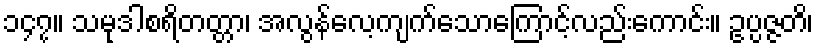
၁၄၇။ သမုဒါစရိတတ္တာ၊ အလွန်လေ့ကျက်သောကြောင့်လည်းကောင်း။ ဥပ္ပဇ္ဇတိ၊